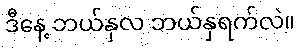
ဒီနေ့ ဘယ်နှလ ဘယ်နှရက်လဲ။